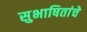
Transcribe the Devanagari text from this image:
सुभाषितांचे